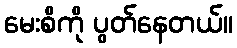
မေးစိကို ပွတ်နေတယ်။